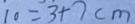
1 0 = 3 + 7 c m